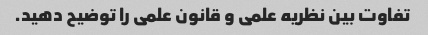
تفاوت بین نظریه علمی و قانون علمی را توضیح دهید.